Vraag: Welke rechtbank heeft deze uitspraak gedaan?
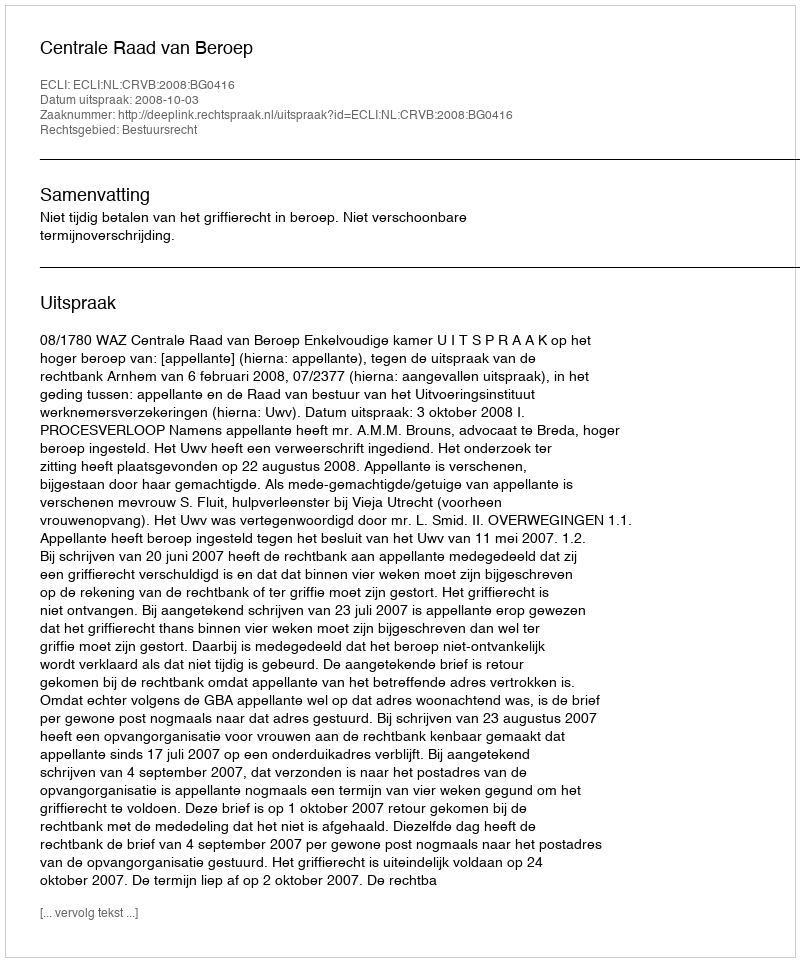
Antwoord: Centrale Raad van Beroep